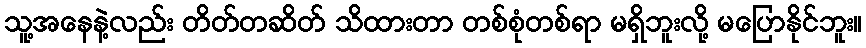
သူ့အနေနဲ့လည်း တိတ်တဆိတ် သိထားတာ တစ်စုံတစ်ရာ မရှိဘူးလို့ မပြောနိုင်ဘူး။